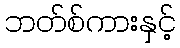
ဘတ်စ်ကားနှင့်